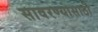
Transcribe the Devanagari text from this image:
सावरण्यासाठी